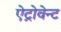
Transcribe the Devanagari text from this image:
ऐट्रोवेन्ट